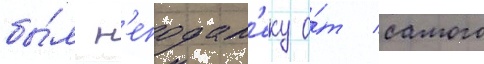
бы́л н'еподал'еку о́т самого